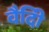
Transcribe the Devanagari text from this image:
वैदीि